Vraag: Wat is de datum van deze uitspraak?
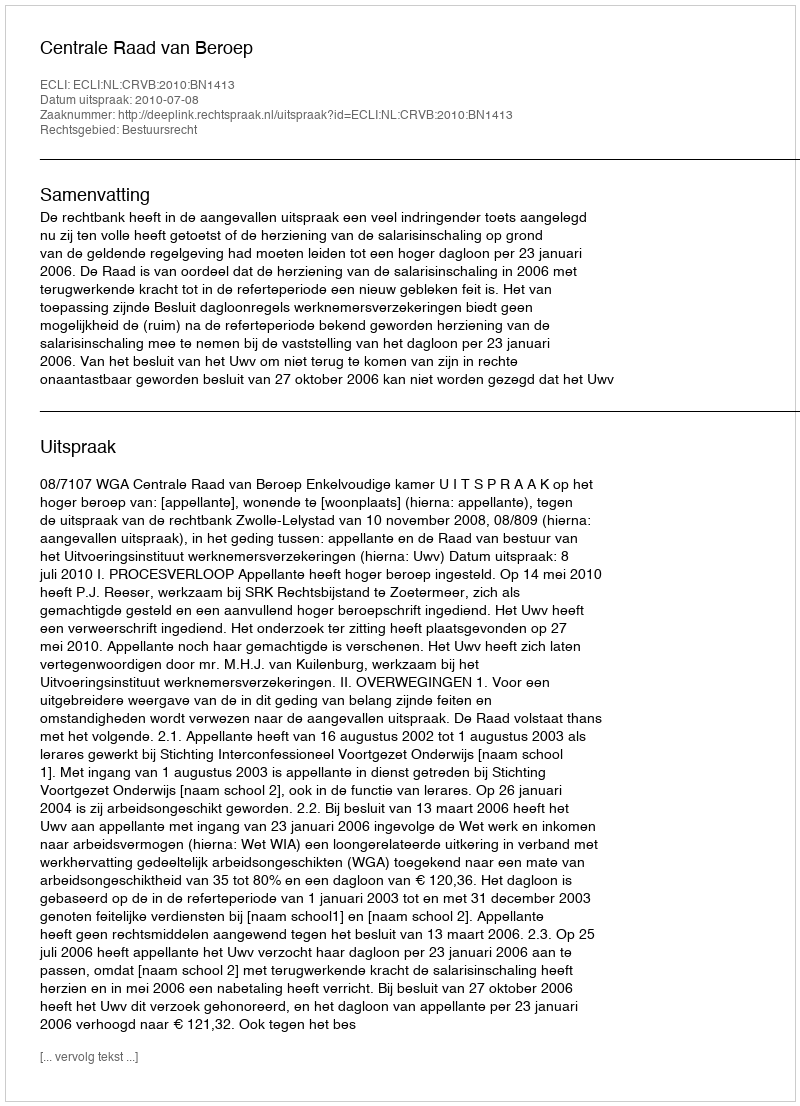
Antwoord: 2010-07-08